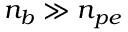
n _ { b } \gg n _ { p e }